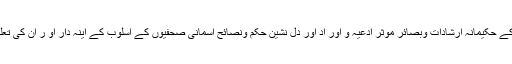
اس کی وجہ یہ ہے اس کے حکیمانہ ارشادات وبصائر موثر ادعیہ و اور اد اور دل نشین حکم ونصائح آسمانی صحفیوں کے اسلوب کے آینہ دار او ر ان کی تعلیمی روح کے حامل ہیں۔